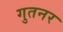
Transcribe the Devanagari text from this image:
गुतनर